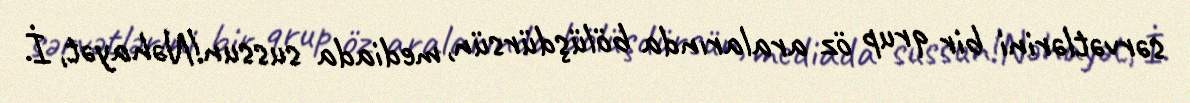
sərvətlərini bir qrup öz aralarında bölüşdürsün, mediada sussun!Nəhayət, İ.